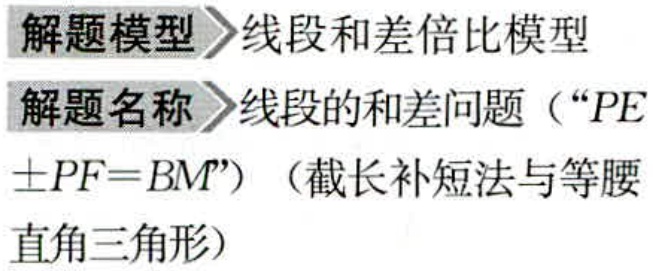
解题模型 线段和差倍比模型

解题名称 线段的和差问题（“$PE\pm PF = BM$”）（截长补短法与等腰

直角三角形）